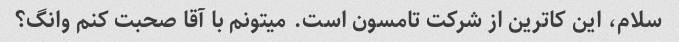
سلام، این کاترین از شرکت تامسون است. میتونم با آقا صحبت کنم وانگ؟